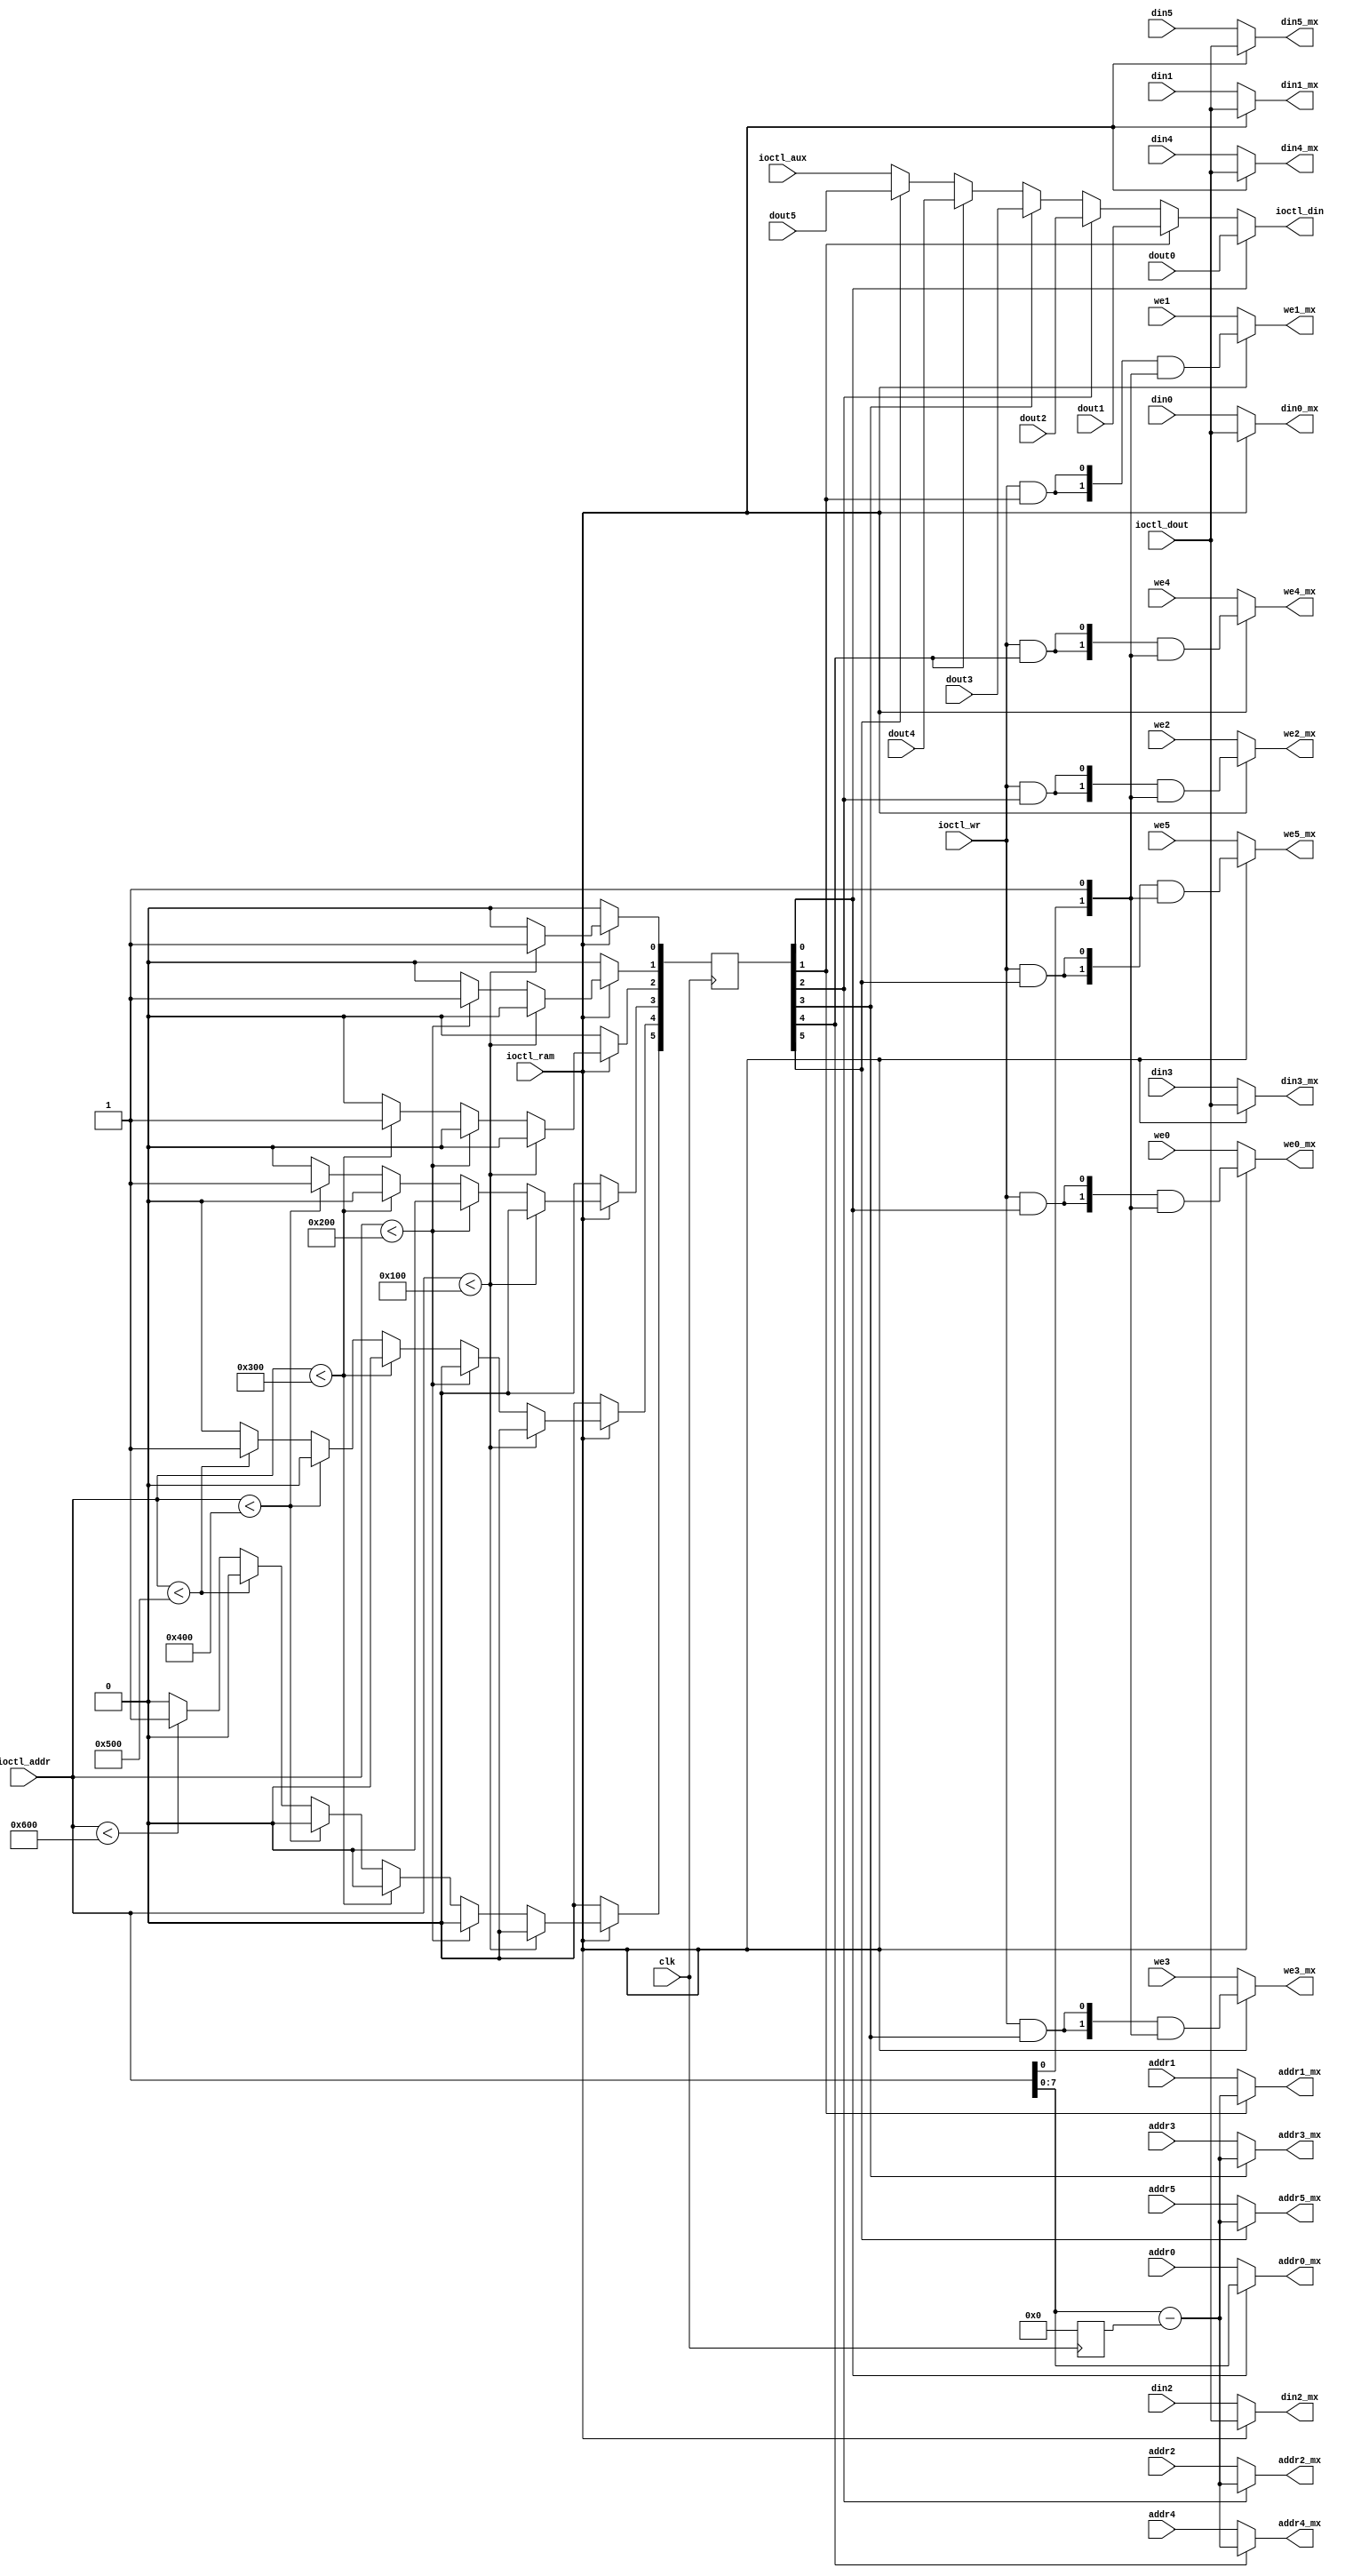
/*  This file is part of JTFRAME.
    JTFRAME program is free software: you can redistribute it and/or modify
    it under the terms of the GNU General Public License as published by
    the Free Software Foundation, either version 3 of the License, or
    (at your option) any later version.

    JTFRAME program is distributed in the hope that it will be useful,
    but WITHOUT ANY WARRANTY; without even the implied warranty of
    MERCHANTABILITY or FITNESS FOR A PARTICULAR PURPOSE.  See the
    GNU General Public License for more details.

    You should have received a copy of the GNU General Public License
    along with JTFRAME.  If not, see <http://www.gnu.org/licenses/>.

    Author: Jose Tejada Gomez. Twitter: @topapate
    Version: 1.0
    Date: 30-8-2023 */

// Use with BRAM blocks to dump them to ioctl_din
// only works with DW=8 or 16

module jtframe_ioctl_dump #(parameter
    DW0=8, DW1=8, DW2=8, DW3=8, DW4=8, DW5=8,
    AW0=8, AW1=8, AW2=8, AW3=8, AW4=8, AW5=8,
    // offset for each section
    OS0=0,
    OS1=(AW0==0 ? OS0 : OS0+(1<<AW0)),
    OS2=(AW1==0 ? OS1 : OS1+(1<<AW1)),
    OS3=(AW2==0 ? OS2 : OS2+(1<<AW2)),
    OS4=(AW3==0 ? OS3 : OS3+(1<<AW3)),
    OS5=(AW4==0 ? OS4 : OS4+(1<<AW4)),
    OS6=(AW5==0 ? OS5 : OS5+(1<<AW5))
)(
    input   clk,

    input   [DW0-1:0] dout0,
    input   [DW1-1:0] dout1,
    input   [DW2-1:0] dout2,
    input   [DW3-1:0] dout3,
    input   [DW4-1:0] dout4,
    input   [DW5-1:0] dout5,

    input   [DW0-1:0] din0,
    input   [DW1-1:0] din1,
    input   [DW2-1:0] din2,
    input   [DW3-1:0] din3,
    input   [DW4-1:0] din4,
    input   [DW5-1:0] din5,

    output  [DW0-1:0] din0_mx,
    output  [DW1-1:0] din1_mx,
    output  [DW2-1:0] din2_mx,
    output  [DW3-1:0] din3_mx,
    output  [DW4-1:0] din4_mx,
    output  [DW5-1:0] din5_mx,

    input   [(AW0==0?0:AW0-1):(AW0==0?0:DW0>>4)] addr0,
    input   [(AW1==0?0:AW1-1):(AW1==0?0:DW1>>4)] addr1,
    input   [(AW2==0?0:AW2-1):(AW2==0?0:DW2>>4)] addr2,
    input   [(AW3==0?0:AW3-1):(AW3==0?0:DW3>>4)] addr3,
    input   [(AW4==0?0:AW4-1):(AW4==0?0:DW4>>4)] addr4,
    input   [(AW5==0?0:AW5-1):(AW5==0?0:DW5>>4)] addr5,

    output  [(AW0==0?0:AW0-1):(AW0==0?0:DW0>>4)] addr0_mx,
    output  [(AW1==0?0:AW1-1):(AW1==0?0:DW1>>4)] addr1_mx,
    output  [(AW2==0?0:AW2-1):(AW2==0?0:DW2>>4)] addr2_mx,
    output  [(AW3==0?0:AW3-1):(AW3==0?0:DW3>>4)] addr3_mx,
    output  [(AW4==0?0:AW4-1):(AW4==0?0:DW4>>4)] addr4_mx,
    output  [(AW5==0?0:AW5-1):(AW5==0?0:DW5>>4)] addr5_mx,

    input      [ 1:0] we0, we1, we2, we3, we4, we5,
    output     [ 1:0] we0_mx, we1_mx, we2_mx, we3_mx, we4_mx, we5_mx,

    input      [23:0] ioctl_addr,
    input             ioctl_ram,
    input             ioctl_wr,
    input      [ 7:0] ioctl_aux, ioctl_dout,
    output     [ 7:0] ioctl_din
);

`ifdef SIMULATION
initial begin // assertions
    if( DW0!=8 && DW0!=16 ) begin $display("Bad DW0 size in %m"); $finish; end
    if( DW1!=8 && DW1!=16 ) begin $display("Bad DW1 size in %m"); $finish; end
    if( DW2!=8 && DW2!=16 ) begin $display("Bad DW2 size in %m"); $finish; end
    if( DW3!=8 && DW3!=16 ) begin $display("Bad DW3 size in %m"); $finish; end
    if( DW4!=8 && DW4!=16 ) begin $display("Bad DW4 size in %m"); $finish; end
    if( DW5!=8 && DW5!=16 ) begin $display("Bad DW5 size in %m"); $finish; end
end
`endif

reg  [ 5:0] sel;
wire [23:0] part_addr;
reg  [23:0] offset;

assign part_addr = ioctl_addr - offset;

assign addr0_mx = sel[0] ? ioctl_addr[(AW0!=0?AW0-1:0):(AW0!=0?DW0>>4:0)] : addr0;
assign addr1_mx = sel[1] ?  part_addr[(AW1!=0?AW1-1:0):(AW1!=0?DW1>>4:0)] : addr1;
assign addr2_mx = sel[2] ?  part_addr[(AW2!=0?AW2-1:0):(AW2!=0?DW2>>4:0)] : addr2;
assign addr3_mx = sel[3] ?  part_addr[(AW3!=0?AW3-1:0):(AW3!=0?DW3>>4:0)] : addr3;
assign addr4_mx = sel[4] ?  part_addr[(AW4!=0?AW4-1:0):(AW4!=0?DW4>>4:0)] : addr4;
assign addr5_mx = sel[5] ?  part_addr[(AW5!=0?AW5-1:0):(AW5!=0?DW5>>4:0)] : addr5;

assign ioctl_din =
    sel[0] ? ( (DW0==16 && ioctl_addr[0]) ? dout0[DW0-1 -:8] : dout0[7:0]) :
    sel[1] ? ( (DW1==16 && ioctl_addr[0]) ? dout1[DW1-1 -:8] : dout1[7:0]) :
    sel[2] ? ( (DW2==16 && ioctl_addr[0]) ? dout2[DW2-1 -:8] : dout2[7:0]) :
    sel[3] ? ( (DW3==16 && ioctl_addr[0]) ? dout3[DW3-1 -:8] : dout3[7:0]) :
    sel[4] ? ( (DW4==16 && ioctl_addr[0]) ? dout4[DW4-1 -:8] : dout4[7:0]) :
    sel[5] ? ( (DW5==16 && ioctl_addr[0]) ? dout5[DW5-1 -:8] : dout5[7:0]) :
               ioctl_aux;

assign we0_mx = ioctl_ram ? {2{ioctl_wr & sel[0]}} & { ioctl_addr[0], ~ioctl_addr[0] || DW0==8 } : we0;
assign we1_mx = ioctl_ram ? {2{ioctl_wr & sel[1]}} & { ioctl_addr[0], ~ioctl_addr[0] || DW1==8 } : we1;
assign we2_mx = ioctl_ram ? {2{ioctl_wr & sel[2]}} & { ioctl_addr[0], ~ioctl_addr[0] || DW2==8 } : we2;
assign we3_mx = ioctl_ram ? {2{ioctl_wr & sel[3]}} & { ioctl_addr[0], ~ioctl_addr[0] || DW3==8 } : we3;
assign we4_mx = ioctl_ram ? {2{ioctl_wr & sel[4]}} & { ioctl_addr[0], ~ioctl_addr[0] || DW4==8 } : we4;
assign we5_mx = ioctl_ram ? {2{ioctl_wr & sel[5]}} & { ioctl_addr[0], ~ioctl_addr[0] || DW5==8 } : we5;

assign din0_mx = ioctl_ram ? {DW0==16?2:1{ioctl_dout}} : din0;
assign din1_mx = ioctl_ram ? {DW1==16?2:1{ioctl_dout}} : din1;
assign din2_mx = ioctl_ram ? {DW2==16?2:1{ioctl_dout}} : din2;
assign din3_mx = ioctl_ram ? {DW3==16?2:1{ioctl_dout}} : din3;
assign din4_mx = ioctl_ram ? {DW4==16?2:1{ioctl_dout}} : din4;
assign din5_mx = ioctl_ram ? {DW5==16?2:1{ioctl_dout}} : din5;

always @(posedge clk) begin
    sel    <= 0;
    offset <= 0;
    if( ioctl_ram ) begin
        if     ( ioctl_addr < OS1 && AW0!=0) begin sel[0] <= 1; offset <= 0; end
        else if( ioctl_addr < OS2 && AW1!=0) begin sel[1] <= 1; offset <= OS1[23:0]; end
        else if( ioctl_addr < OS3 && AW2!=0) begin sel[2] <= 1; offset <= OS2[23:0]; end
        else if( ioctl_addr < OS4 && AW3!=0) begin sel[3] <= 1; offset <= OS3[23:0]; end
        else if( ioctl_addr < OS5 && AW4!=0) begin sel[4] <= 1; offset <= OS4[23:0]; end
        else if( ioctl_addr < OS6 && AW5!=0) begin sel[5] <= 1; offset <= OS5[23:0]; end
    end
end

endmodule